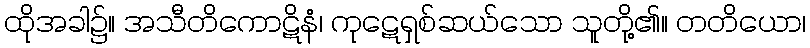
ထိုအခါ၌။ အသီတိကောဋိနံ၊ ကုဋေရှစ်ဆယ်သော သူတို့၏။ တတိယော၊